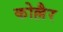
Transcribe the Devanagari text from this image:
कोल्लैर